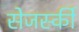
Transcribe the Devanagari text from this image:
सेजर्स्की